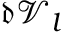
\mathfrak { d } \mathcal { V } _ { l }